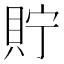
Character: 貯